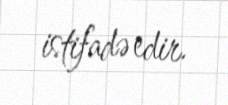
istifadə edir.